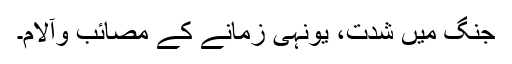
جنگ میں شدّت، یونہی زمانے کے مصائب وآلام۔